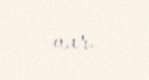
var.